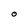
Character: O